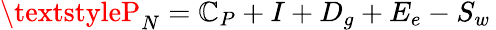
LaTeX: \textstyleP_{N}=\mathbb{C}_{P}+I+D_{g}+E_{e}-S_{w}\,